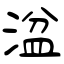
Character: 湓